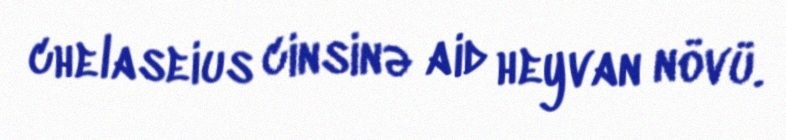
chelaseius cinsinə aid heyvan növü.